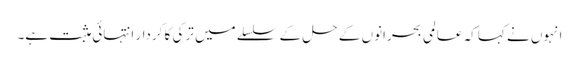
انہوں نے کہا کہ عالمی بحرانوں کے حل کے سلسلے میں ترکی کا کردار انتہائی مثبت ہے۔